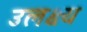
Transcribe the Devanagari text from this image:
उलक्ष्य